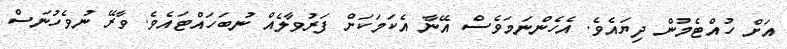
އަށް ހުއްޓެމުން ދިޔައެވެ. އެހެންނަމަވެސް އޭނާ އެކަމަކަށް ފަރުވާލެއް ނުބަހައްޓައެވެ. ވާރޭ ނުވެހުނަސް